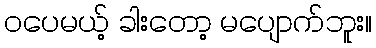
ဝပေမယ့် ခါးတော့ မပျောက်ဘူး။